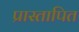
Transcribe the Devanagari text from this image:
प्रास्तापित